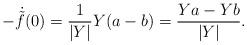
LaTeX: \begin{align*}-\dot{\tilde{f}}(0)=\frac{1}{|Y|}Y(a-b)=\frac{Ya-Yb}{|Y|}.\end{align*}